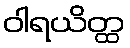
ဝါရယိတ္ထ